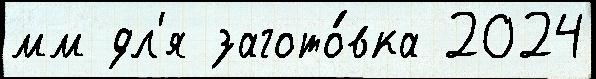
мм дл'я загото́вка 2024